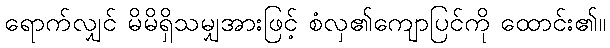
ရောက်လျှင် မိမိရှိသမျှအားဖြင့် စံလှ၏ကျောပြင်ကို ထောင်း၏။